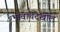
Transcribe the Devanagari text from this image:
भावाचेदेखील